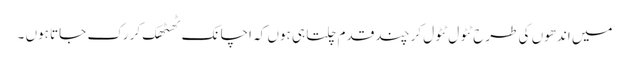
میں اندھوں کی طرح ٹٹول ٹٹول کر چند قدم چلتا ہی ہوں کہ اچانک ٹھٹھک کر رک جاتا ہوں ۔